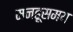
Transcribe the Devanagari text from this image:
मनहूसमय